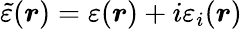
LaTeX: \tilde{\varepsilon}(\boldsymbol{r})=\varepsilon(\boldsymbol{r})+i\varepsilon_{i}(\boldsymbol{r})